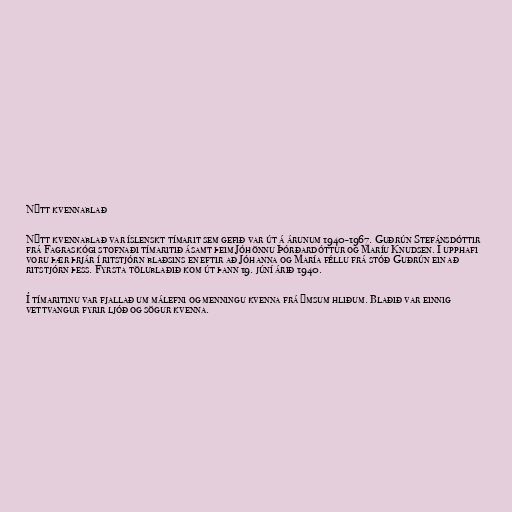
Nýtt kvennablað

Nýtt kvennablað var íslenskt tímarit sem gefið var út á árunum 1940-1967. Guðrún Stefánsdóttir
frá Fagraskógi stofnaði tímaritið ásamt þeim Jóhönnu Þórðardóttur og Maríu Knudsen. Í upphafi
voru þær þrjár í ritstjórn blaðsins en eftir að Jóhanna og María féllu frá stóð Guðrún ein að
ritstjórn þess. Fyrsta tölublaðið kom út þann 19. júní árið 1940.

Í tímaritinu var fjallað um málefni og menningu kvenna frá ýmsum hliðum. Blaðið var einnig
vettvangur fyrir ljóð og sögur kvenna.